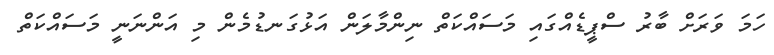
ހަމަ ވަރަށް ބާރު ސްޕީޑެއްގައި މަސައްކަތް ނިންމާލަން އަޅުގަނޑުމެން މި އަންނަނީ މަސައްކަތް